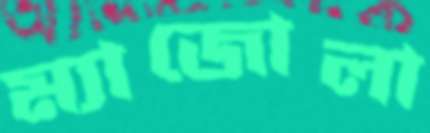
ম্যাজোলা